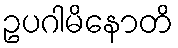
ဥပဂါမိနောတိ